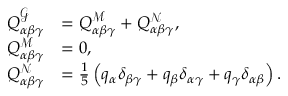
\begin{array} { r l } { Q _ { \alpha \beta \gamma } ^ { \mathcal { G } } } & { = Q _ { \alpha \beta \gamma } ^ { \mathcal { M } } + Q _ { \alpha \beta \gamma } ^ { \mathcal { N } } , } \\ { Q _ { \alpha \beta \gamma } ^ { \mathcal { M } } } & { = 0 , } \\ { Q _ { \alpha \beta \gamma } ^ { \mathcal { N } } } & { = \frac { 1 } { 5 } \left( q _ { \alpha } \delta _ { \beta \gamma } + q _ { \beta } \delta _ { \alpha \gamma } + q _ { \gamma } \delta _ { \alpha \beta } \right) . } \end{array}